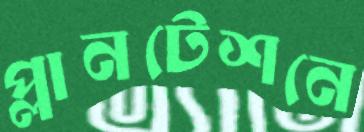
প্লানটেশনে